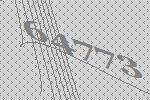
64773